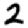
Digit: 2